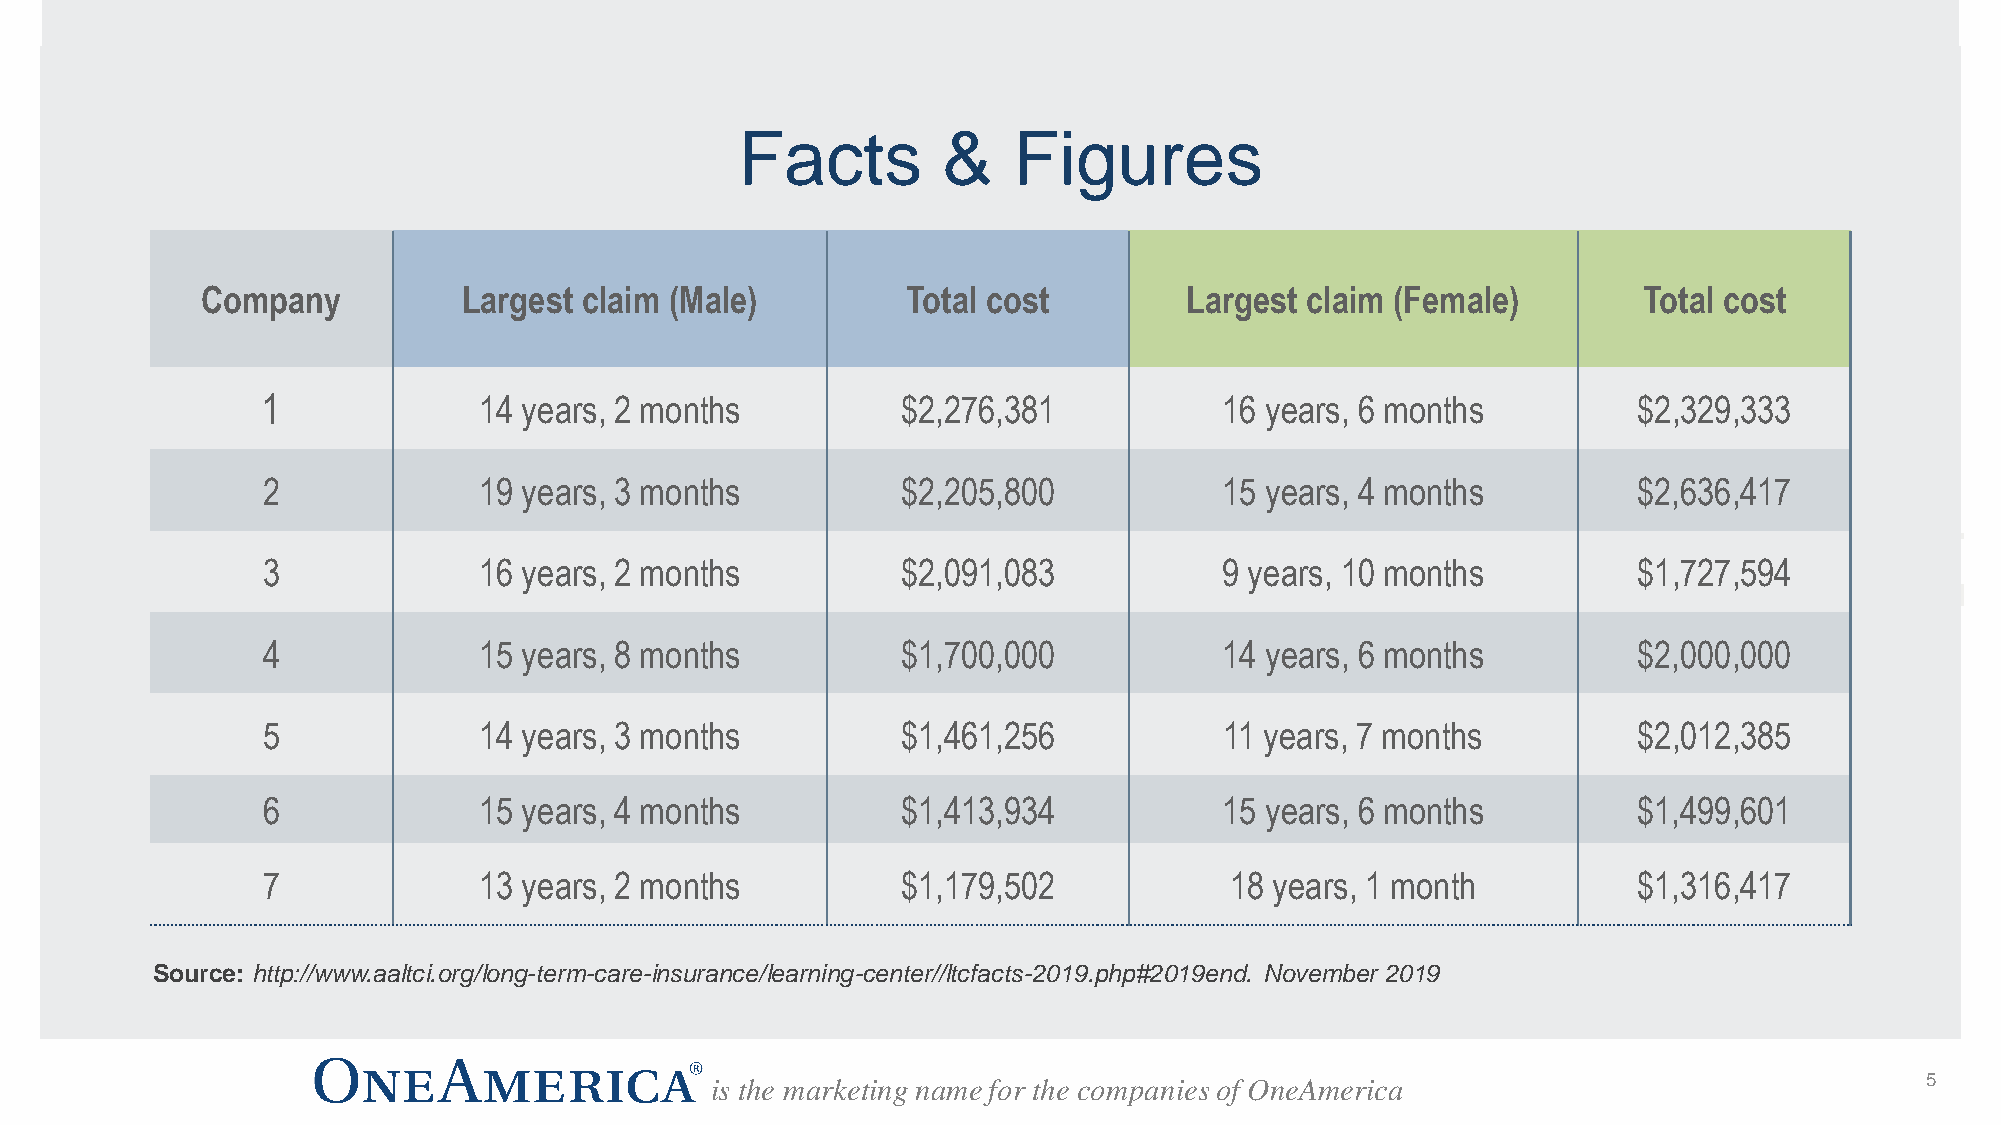
Facts        &    Figures
 Company           Largest claim (Male)         Total cost         Largest claim (Female)        Total cost
 1              14 years, 2 months          $2,276,381           16 years, 6 months         $2,329,333
 2              19 years, 3 months          $2,205,800           15 years, 4 months         $2,636,417
 3              16 years, 2 months          $2,091,083           9 years, 10 months         $1,727,594
 4              15 years, 8 months          $1,700,000           14 years, 6 months         $2,000,000
 5              14 years, 3 months          $1,461,256           11 years, 7 months         $2,012,385
 6              15 years, 4 months          $1,413,934           15 years, 6 months         $1,499,601
 7              13 years, 2 months          $1,179,502           18 years, 1 month          $1,316,417
 Source: http://www.aaltci.org/long-term-care-insurance/learning-center//ltcfacts-2019.php#2019end. November 2019
 is the marketing name for the companies of OneAmerica                           5